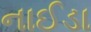
નાઈડા